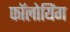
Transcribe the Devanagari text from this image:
फॉलोयिंग